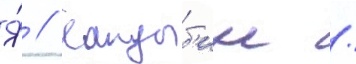
Я́ // Кандыб'ин /